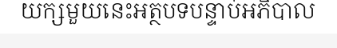
យក្សមួយនេះអត្ថបទបន្ទាប់អភិបាល